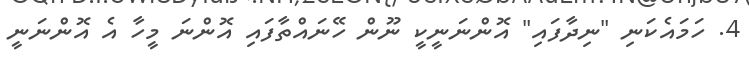
4. ހަމައެކަނި "ނިދާފައި" އޮންނަނީކީ ނޫން ހޭނައްތާފައި އޮންނަ މީހާ އެ އޮންނަނީ